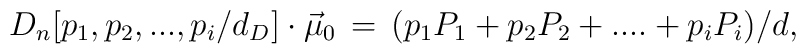
{D}_{n}[p_1,p_2,...,p_i/d_D] \cdot \vec{\mu}_0\,=\,( p_1 P_1+ p_2 P_2+....+p_i P_i)/d,